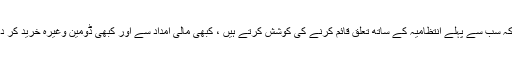
کسی بھی فورم پر ان کے لکھنے کا طریقہ یہ ہے کہ سب سے پہلے انتظامیہ کے ساتھ تعلق قائم کرنے کی کوشش کرتے ہیں ، کبھی مالی امداد سے اور کبھی ڈومین وغیرہ خرید کر دے دیا ، تاکہ جب ضرورت ہو تو سہارا مل سکے ۔